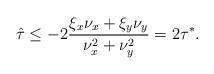
LaTeX: \begin{align*} \hat\tau \leq -2\frac{\xi_x\nu_x + \xi_y\nu_y}{\nu_x^2 + \nu_y^2} = 2\tau^*.\end{align*}